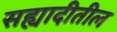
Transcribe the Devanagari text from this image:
सह्यादीतील